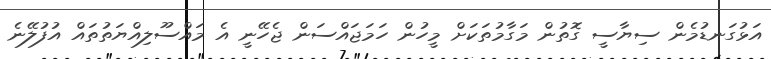
އަޅުގަނޑުމެން ސިޔާސީ ގޮތުން މަގާމުތަކަށް މީހުން ހަމަޖައްސަން ޖެހޭނީ އެ މައްސޫލިއްޔަތުތައް އުފުލޭނެ